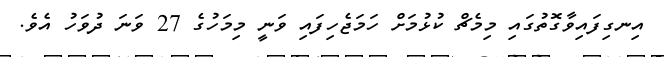
އިނގިފައިވާގޮތުގައި މިމެޗް ކުޅުމަށް ހަމަޖެހިފައި ވަނީ މިމަހުގެ 27 ވަނަ ދުވަހު އެވެ.